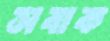
সবাক